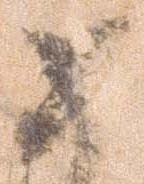
如